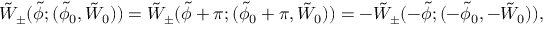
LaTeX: \tilde { W } _ { \pm } ( \tilde { \phi } ; ( \tilde { \phi } _ { 0 } , \tilde { W } _ { 0 } ) ) = \tilde { W } _ { \pm } ( \tilde { \phi } + \pi ; ( \tilde { \phi } _ { 0 } + \pi , \tilde { W } _ { 0 } ) ) = - \tilde { W } _ { \pm } ( - \tilde { \phi } ; ( - \tilde { \phi } _ { 0 } , - \tilde { W } _ { 0 } ) ) ,